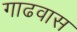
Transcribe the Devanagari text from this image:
गाढवास